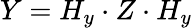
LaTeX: Y=H_{y}\cdot Z\cdot H_{y}